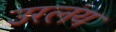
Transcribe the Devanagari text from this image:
उरलंय